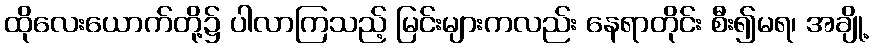
ထိုလေးယောက်တို့၌ ပါလာကြသည့် မြင်းများကလည်း နေရာတိုင်း စီး၍မရ၊ အချို့